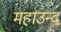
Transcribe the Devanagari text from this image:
महाउन्द